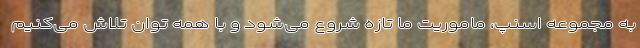
به مجموعه اسنپ، ماموریت ما تازه شروع می‌شود و با همه توان تلاش می‌کنیم